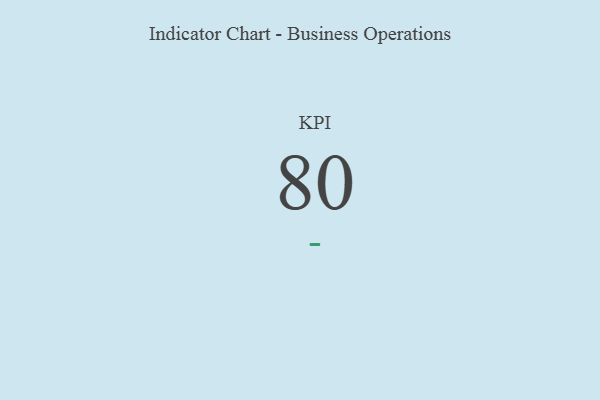
{"axis": {"x": "KPI", "y": "Value"}, "legend": [""], "data": [{"x": "KPI", "y": 80, "type": ""}]}